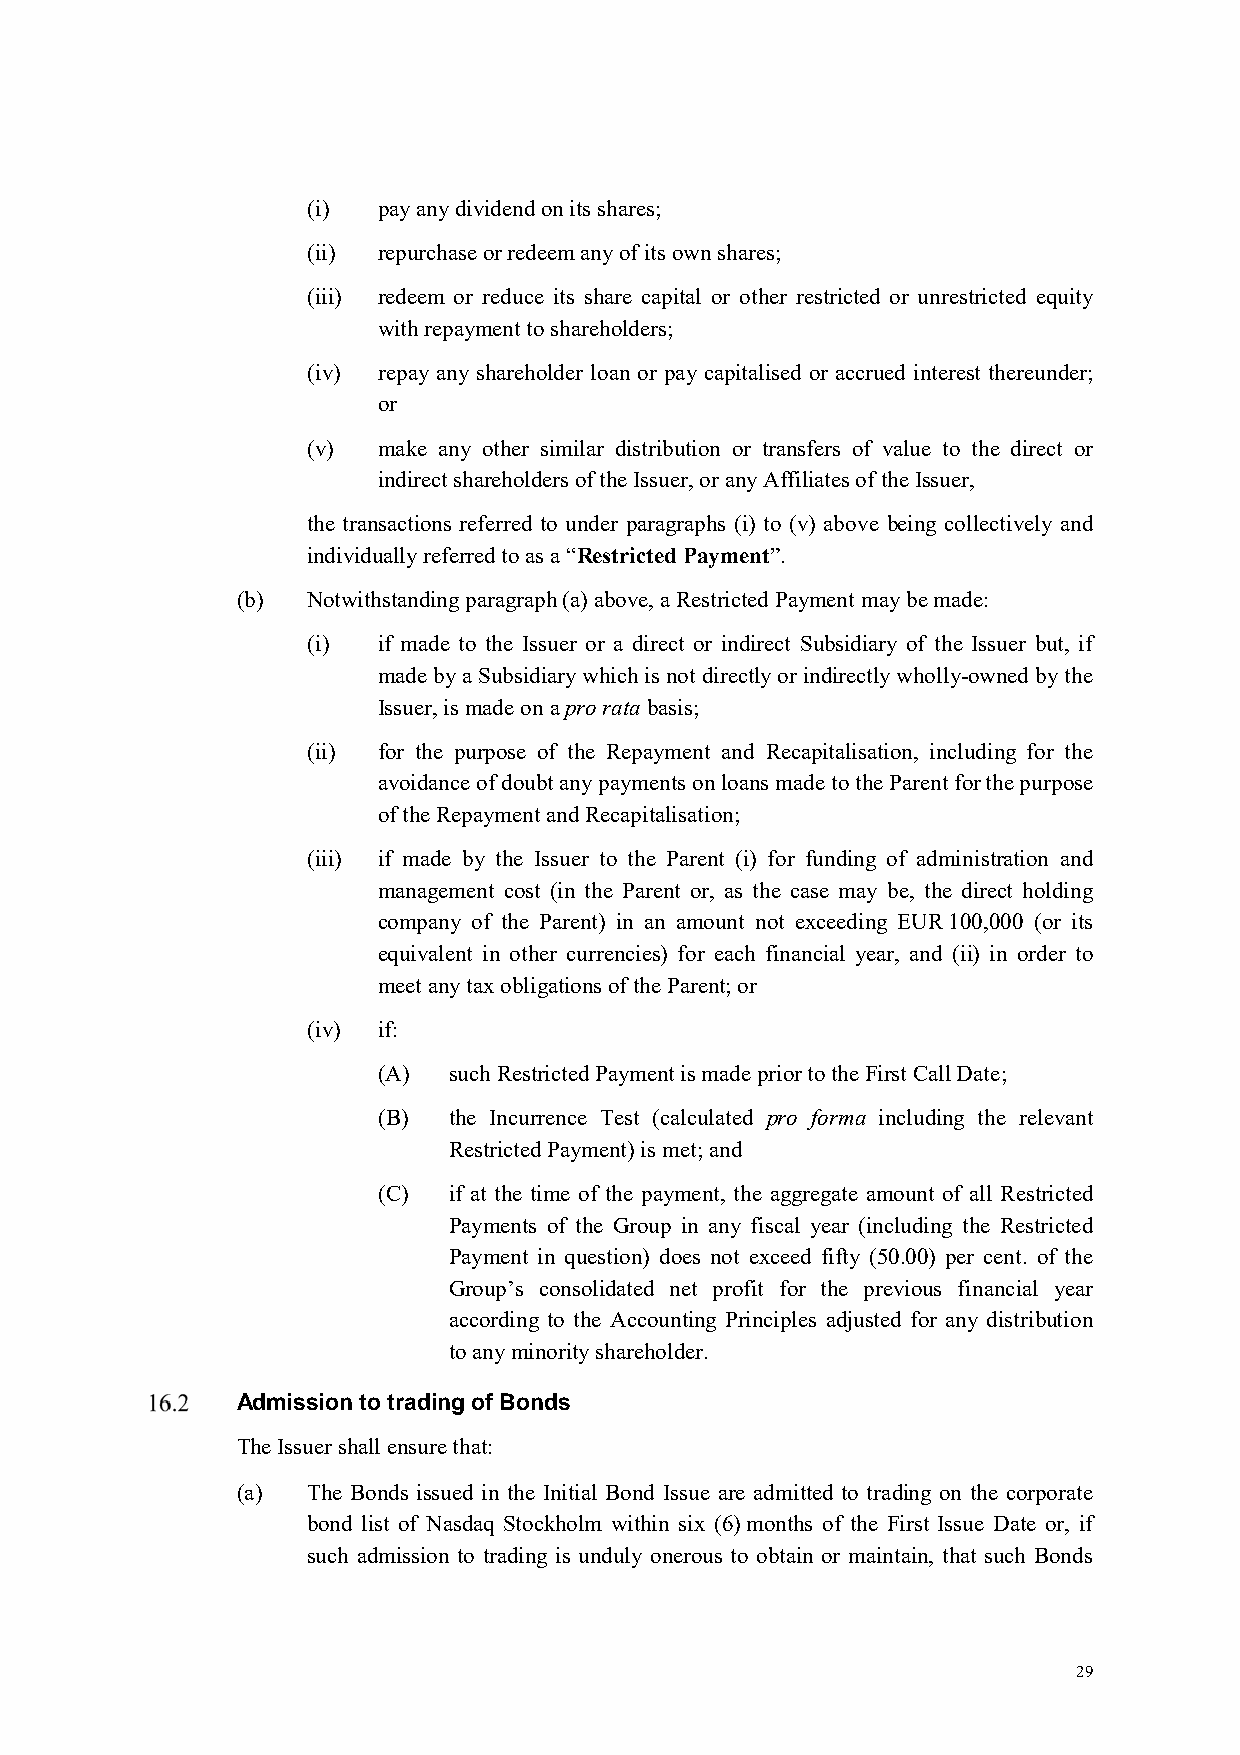
(i)  pay any dividend on its shares;
 (ii) repurchase or redeem any of its own shares;
 (iii) redeem or reduce its share capital or other restricted or unrestricted equity
 with repayment to shareholders;
 (iv) repay any shareholder loan or pay capitalised or accrued interest thereunder;
 or
 (v)  make any other similar distribution or transfers of value to the direct or
 indirect shareholders of the Issuer, or any Affiliates of the Issuer,
 the transactions referred to under paragraphs (i) to (v) above being collectively and
 individually referred to as a “Restricted Payment”.
 (b) Notwithstanding paragraph (a) above, a Restricted Payment may be made:
 (i)  if made to the Issuer or a direct or indirect Subsidiary of the Issuer but, if
 made by a Subsidiary which is not directly or indirectly wholly-owned by the
 Issuer, is made on a pro rata basis;
 (ii) for the purpose of the Repayment and Recapitalisation, including for the
 avoidance of doubt any payments on loans made to the Parent for the purpose
 of the Repayment and Recapitalisation;
 (iii) if made by the Issuer to the Parent (i) for funding of administration and
 management cost (in the Parent or, as the case may be, the direct holding
 company of the Parent) in an amount not exceeding EUR 100,000 (or its
 equivalent in other currencies) for each financial year, and (ii) in order to
 meet any tax obligations of the Parent; or
 (iv) if:
 (A)  such Restricted Payment is made prior to the First Call Date;
 (B)  the Incurrence Test (calculated pro forma including the relevant
 Restricted Payment) is met; and
 (C)  if at the time of the payment, the aggregate amount of all Restricted
 Payments of the Group in any fiscal year (including the Restricted
 Payment in question) does not exceed fifty (50.00) per cent. of the
 Group’s consolidated net profit for the previous financial year
 according to the Accounting Principles adjusted for any distribution
 to any minority shareholder.
 Admission to trading of Bonds
 The Issuer shall ensure that:
 (a) The Bonds issued in the Initial Bond Issue are admitted to trading on the corporate
 bond list of Nasdaq Stockholm within six (6) months of the First Issue Date or, if
 such admission to trading is unduly onerous to obtain or maintain, that such Bonds
 29